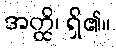
အတ္ထိ၊ ရှိ၏။